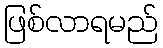
ဖြစ်လာရမည်